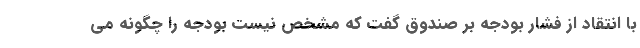
با انتقاد از فشار بودجه بر صندوق گفت که مشخص نیست بودجه را چگونه می